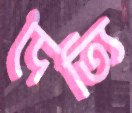
দৈত্যি